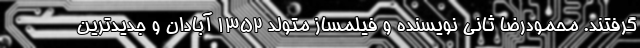
گرفتند. محمودرضا ثانی نویسنده و فیلمساز متولد ۱۳۵۲ آبادان و جدیدترین